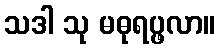
သဒါ သု မဓုရပ္ဖလာ။